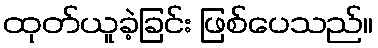
ထုတ်ယူခဲ့ခြင်း ဖြစ်ပေသည်။